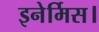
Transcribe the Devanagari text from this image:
इनेर्मिस।